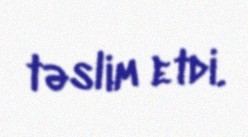
təslim etdi.